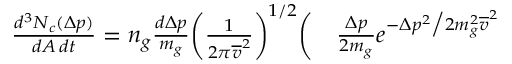
\begin{array} { r l } { \frac { d ^ { 3 } N _ { c } ( \Delta p ) } { d A \, d t } = n _ { g } \frac { d \Delta p } { m _ { g } } \bigg ( \frac { 1 } { 2 \pi \overline { { v } } ^ { 2 } } \bigg ) ^ { 1 / 2 } \bigg ( } & { { } \frac { \Delta p } { 2 m _ { g } } e ^ { - \Delta p ^ { 2 } \big / 2 m _ { g } ^ { 2 } \overline { { v } } ^ { 2 } } } \end{array}